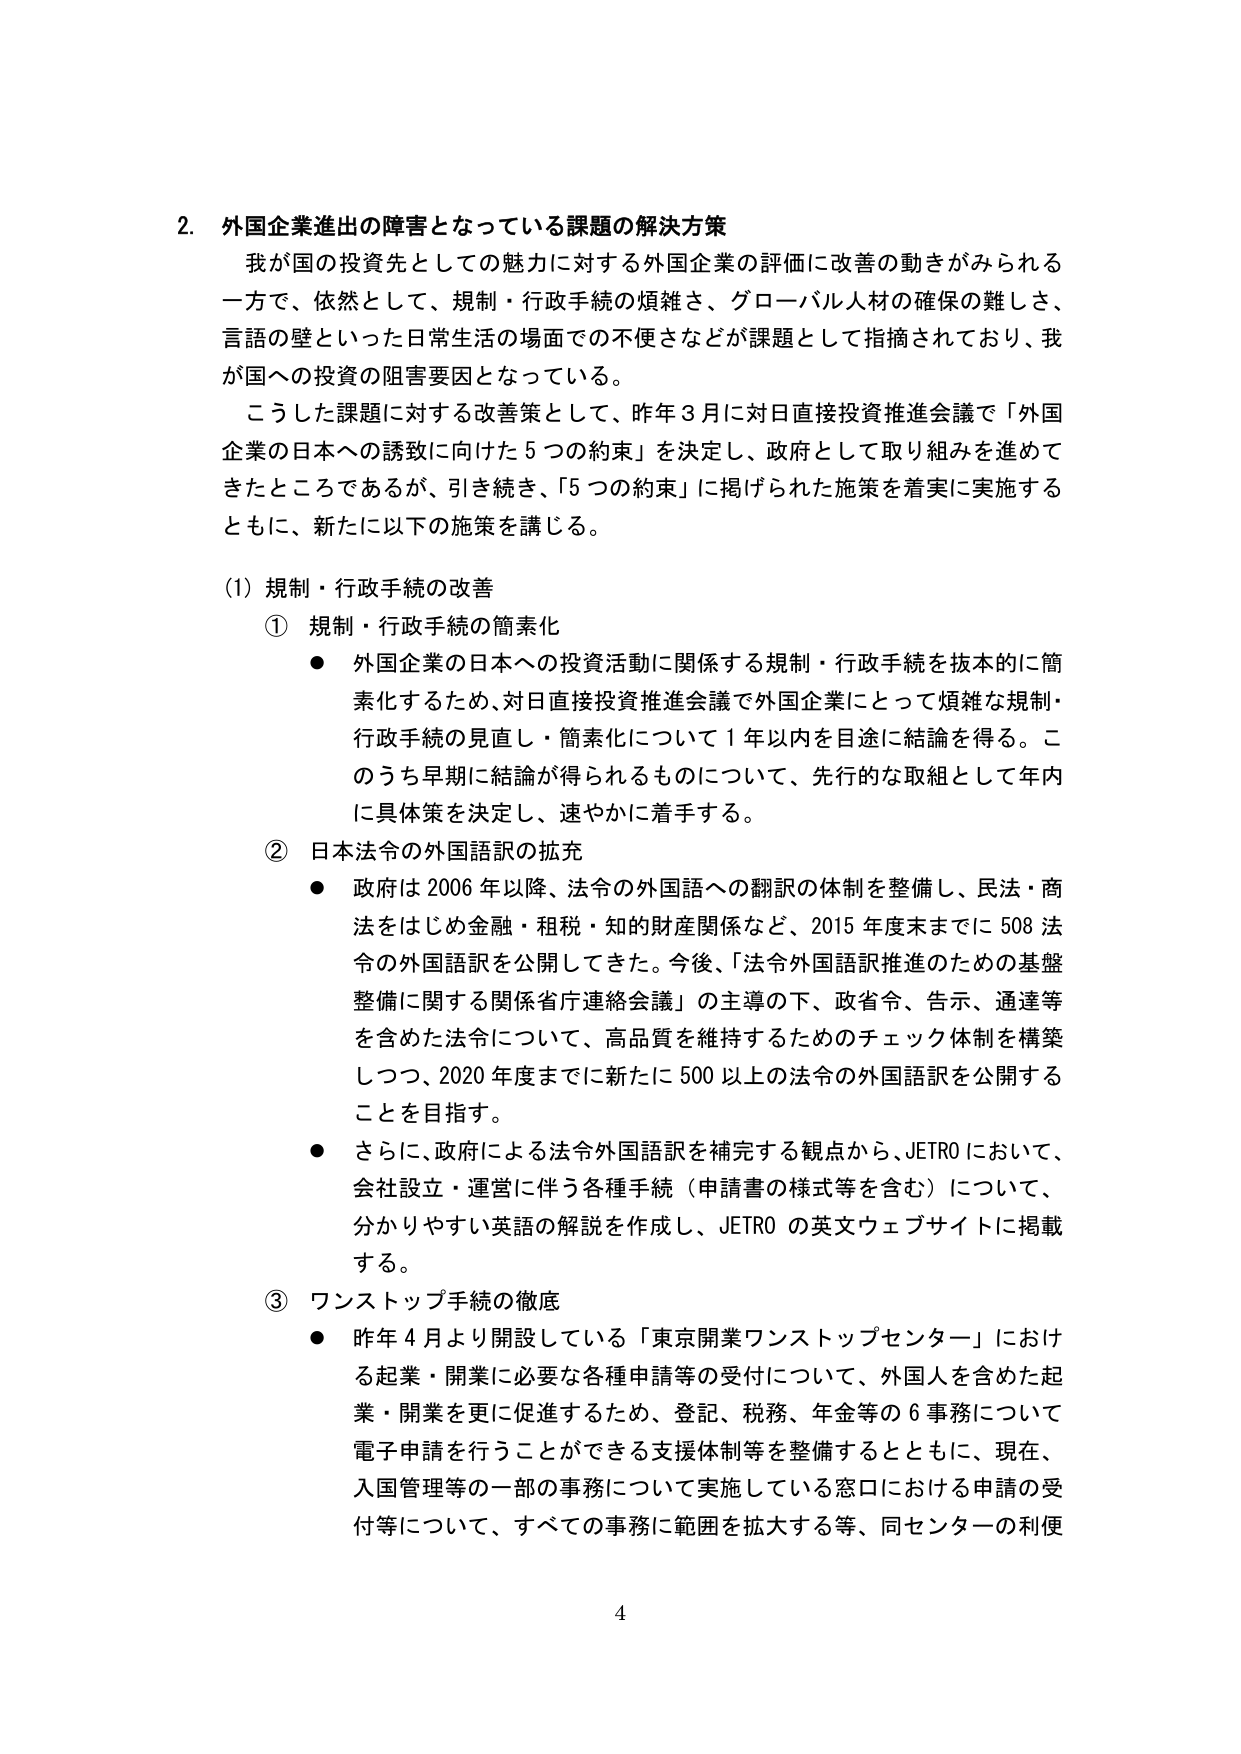
2. 外国企業進出の障害となっている課題の解決方策
我が国の投資先としての魅力に対する外国企業の評価に改善の動きがみられる一方で、依然として、規制・行政手続の煩雑さ、グローバル人材の確保の難しさ、言語の壁といった日常生活の場面での不便さなどが課題として指摘されており、我が国への投資の阻害要因となっている。
こうした課題に対する改善策として、昨年3月に対日直接投資推進会議で「外国企業の日本への誘致に向けた5つの約束」を決定し、政府として取り組みを進めてきたところであるが、引き続き、「5つの約束」に掲げられた施策を着実に実施するとともに、新たに以下の施策を講じる。

(1) 規制・行政手続の改善
① 規制・行政手続の簡素化
● 外国企業の日本への投資活動に関係する規制・行政手続を抜本的に簡素化するため、対日直接投資推進会議で外国企業にとって煩雑な規制・行政手続の見直し・簡素化について1年以内を目途に結論を得る。このうち早期に結論が得られるものについて、先行的な取組として年内に具体策を決定し、速やかに着手する。

② 日本法令の外国語訳の拡充
● 政府は2006年以降、法令の外国語への翻訳の体制を整備し、民法・商法をはじめ金融・租税・知的財産関係など、2015年度末までに508法令の外国語訳を公開してきた。今後、「法令外国語訳推進のための基盤整備に関する関係省庁連絡会議」の主導の下、政省令、告示、通達等を含めた法令について、高品質を維持するためのチェック体制を構築しつつ、2020年度までに新たに500以上の法令の外国語訳を公開することを目指す。
● さらに、政府による法令外国語訳を補完する観点から、JETROにおいて、会社設立・運営に伴う各種手続（申請書の様式等を含む）について、分かりやすい英語の解説を作成し、JETROの英文ウェブサイトに掲載する。

③ ワンストップ手続の徹底
● 昨年4月より開設している「東京開業ワンストップセンター」における起業・開業に必要な各種申請等の受付について、外国人を含めた起業・開業を更に促進するため、登記、税務、年金等の6事務について電子申請を行うことができる支援体制等を整備するとともに、現在、入国管理等の一部の事務について実施している窓口における申請の受付等について、すべての事務に範囲を拡大する等、同センターの利便

4